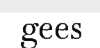
gees